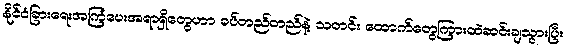
နိုင်ငံခြားရေးအကြံပေးအရာရှိတွေဟာ ခပ်တည်တည်နဲ့ သတင်း ထောက်တွေကြားထဲဆင်းချသွားပြီး